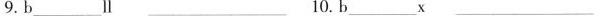
9.b___II___10.b___x___